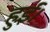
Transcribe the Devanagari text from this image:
हुई़ं।